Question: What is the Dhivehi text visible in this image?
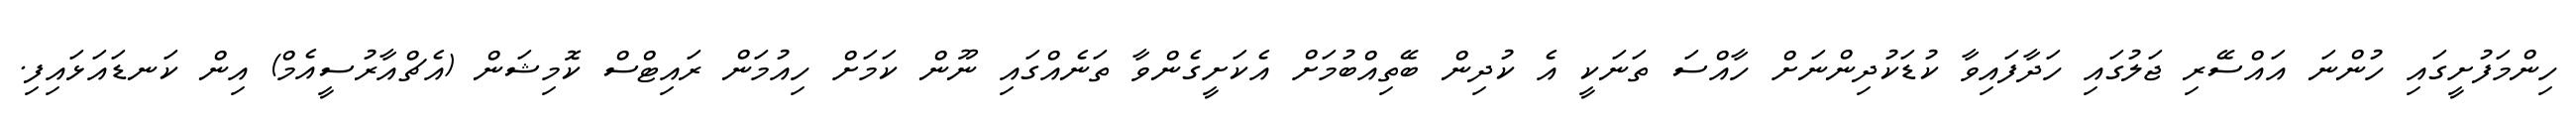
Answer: ހިންމަފުށީގައި ހުންނަ އައްސޭރި ޖަލުގައި ހަދާފައިވާ ކުޑަކުދިންނަށް ހާއްސަ ތަނަކީ އެ ކުދިން ބޭތިއްބުމަށް އެކަށީގެންވާ ތަނެއްގައި ނޫން ކަމަށް ހިއުމަން ރައިޓްސް ކޮމިޝަން (އެޗްއާރުސީއެމް) އިން ކަނޑައަޅައިފި.